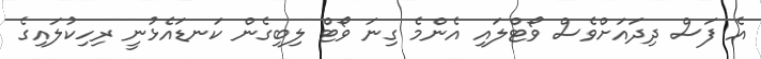
އެ ފަސް ދިދައަށްވެސް ވޯޓްލައި އެންމެ ގިނަ ވޯޓް ލިބިގެން ކަނޑައެޅުނީ ރިހިކުލައިގެ